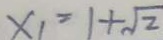
x _ { 1 } = 1 + \sqrt { 2 }